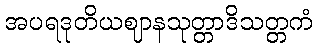
အပရဒုတိယဈာနသုတ္တာဒိသတ္တကံ